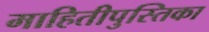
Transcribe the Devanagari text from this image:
माहितीपुस्तिका